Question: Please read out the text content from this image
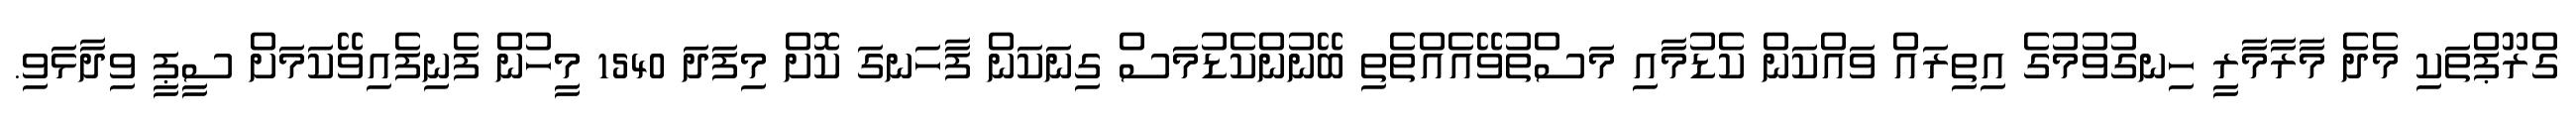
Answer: ގްރޫޕްތަކި މެދެ މާރާމާރީ ހިނގުވުމުގެ އިތިރައް ވައްކަން ކެޑުމާއި މަސްތުވޭއެއްތެތި ބޭނުންކެޑުމަސް ގިނަކަން ފާހަނގަ ކޮށް މިފަދަ 1540 މީހުން ފެނިފެއިވޭކަމަށް ސީޕީ ވިދާޅަވި.